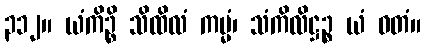
၃၁၂။ ယံကိဉ္စိ သိထိလံ ကမ္မံ၊ သံကိလိဋ္ဌဉ္စ ယံ ဝတံ။